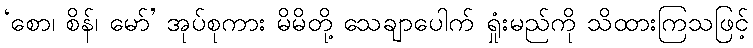
‘စော၊ စိန်၊ မော်’ အုပ်စုကား မိမိတို့ သေချာပေါက် ရှုံးမည်ကို သိထားကြသဖြင့်